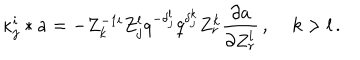
LaTeX: { \kappa } _ { j } ^ { i } \ast a = - Z _ { k } ^ { - 1 i } Z _ { j } ^ { l } q ^ { - { \delta } _ { j } ^ { l } } q ^ { { \delta } _ { j } ^ { k } } Z _ { r } ^ { k } { \frac { \partial a } { \partial { Z _ { r } ^ { l } } } } \, , \quad \, k > l \, .